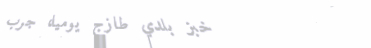
خبز بلدي طازج يومياً، جرب